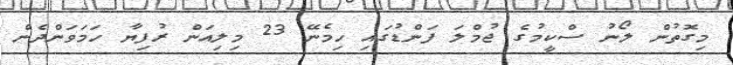
މިގޮތުން ލޯނު ސްކީމުގެ ޖުމްލަ ފަންޑުގައި ހިމެނޭ 23 މިލިއަން ރުފިޔާ ހަމަވަންދެން